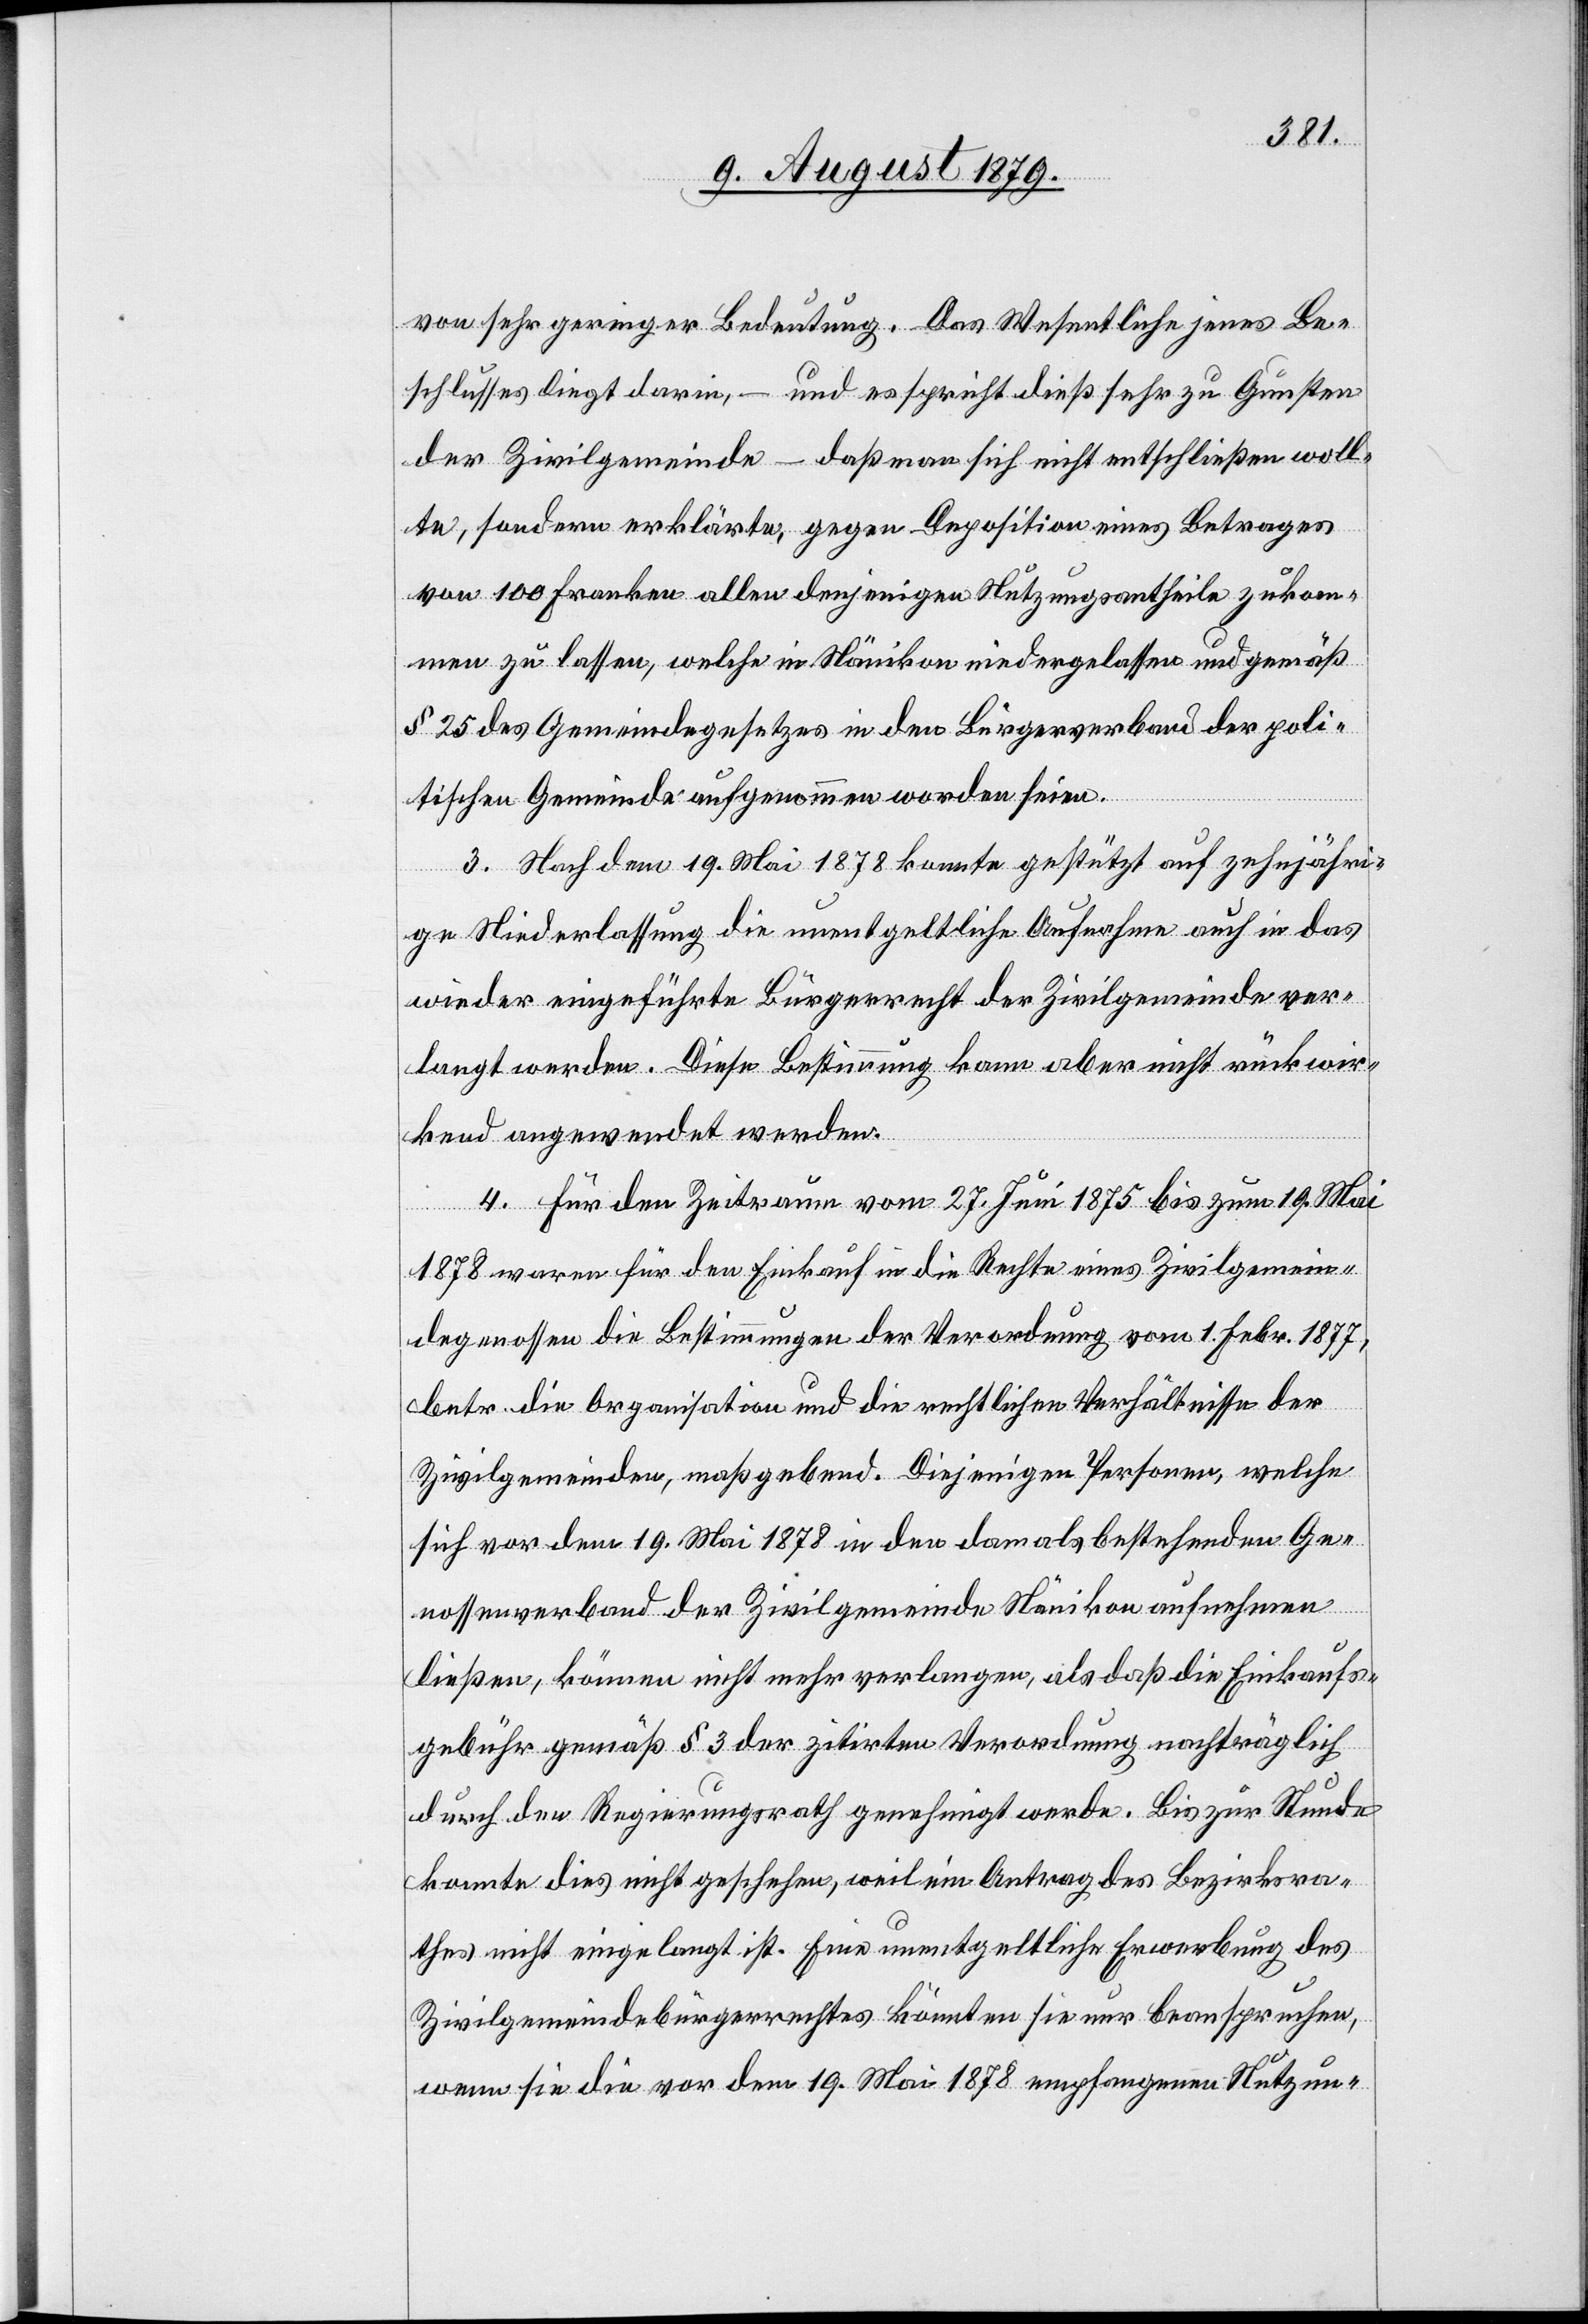
von sehr geringer Bedeutung. Das Wesentliche jenes Be¬
schlusses liegt darin, – und es spricht dieß sehr zu Gunsten
der Zivilgemeinde – daß man sich nicht entschließen woll¬
te, sondern erklärte, gegen Deposition eines Betrages
von 100 Franken allen denjenigen Nutzungsantheile zukom¬
men zu lassen, welche in Nänikon niedergelassen und gemäß
§ 25 des Gemeindegesetzes in den Bürgerverband der poli¬
tischen Gemeinde aufgenommen worden seien.
3. Nach dem 19. Mai 1878 konnte gestützt auf zehnjähri¬
ge Niederlassung die unentgeltliche Aufnahme auch in das
wieder eingeführte Bürgerrecht der Zivilgemeinde ver¬
langt werden. Diese Bestimmung kann aber nicht rückwir¬
kend angewendet werden.
4. Für den Zeitraum vom 27. Juni 1875 bis zum 19. Mai
1878 waren für den Einkauf in die Rechte eines Zivilgemein¬
degenossen die Bestimmungen der Verordnung vom 1. Febr. 1877,
betr. die Organisation und die rechtlichen Verhältnisse der
Zivilgemeinden, maßgebend. Diejenigen Personen, welche
sich vor dem 19. Mai 1878 in den damals bestehenden Ge¬
nossenverband der Zivilgemeinde Nänikon aufnehmen
ließen, können nicht mehr verlangen, als daß die Einkaufs¬
gebühr gemäß § 3 der zitirten Verordnung nachträglich
durch den Regierungsrath genehmigt werde. Bis zur Stunde
konnte dies nicht geschehen, weil ein Antrag des Bezirksra¬
thes nicht eingelangt ist. Eine unentgeltliche Erwerbung des
Zivilgemeindebürgerrechtes könnten sie nur beanspruchen,
wenn sie die vor dem 19. Mai 1878 empfangene Nutzun-